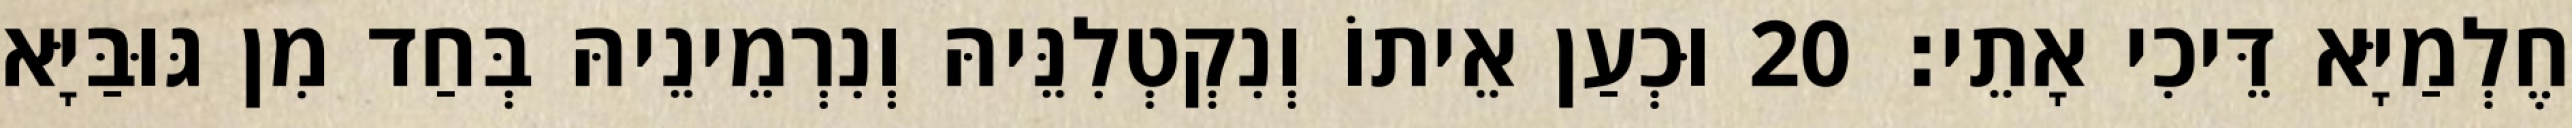
חֶלְמַיָּא דֵּיכִי אָתֵי׃ 20 וּכְעַן אֵיתוֹ וְנִקְטְלִנֵּיהּ וְנִרְמֵינֵיהּ בְּחַד מִן גּוּבַּיָּא